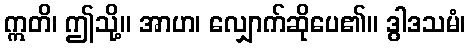
ဣတိ၊ ဤသို့။ အာဟ၊ လျှောက်ဆိုပေ၏။ ဒွါဒသမံ၊